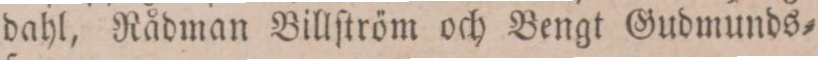
dahl, Rådman Billſtröm och Bengt Gudmunds=